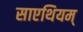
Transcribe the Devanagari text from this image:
साएथियम्‌